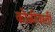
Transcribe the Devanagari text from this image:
कोळीवस्ती